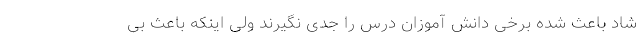
شاد باعث شده برخی دانش آموزان درس را جدی نگیرند ولی اینکه باعث بی